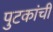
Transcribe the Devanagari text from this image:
पुटकांची